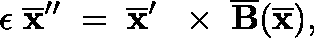
\epsilon \; \overline { { \bf x } } ^ { \prime \prime } \; = \; \overline { { \bf x } } ^ { \prime } \, \mathrm { ~ \boldmath ~ \times ~ } \, \overline { { \bf B } } ( \overline { { \bf x } } ) ,